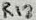
Text: R12